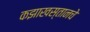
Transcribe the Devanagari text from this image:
कझाखस्तानचे